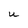
Character: u